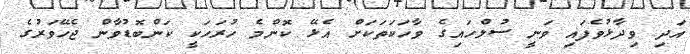
އަދި ވިދާޅުވެފައި ވަނީ ސުލްހައިގެ ވާހަކަތަކަށް އެޅޭ ކޮންމެ ހުރަހަކީ ކަންބޮޑުވާން ޖެހޭވަރުގެ